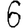
Digit: 6